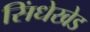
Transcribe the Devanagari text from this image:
सिंधेखेड